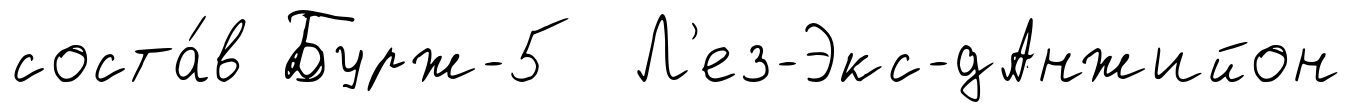
соста́в Бурж-5 Л'ез-Экс-дАнжийон